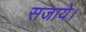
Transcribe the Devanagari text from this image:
सजाये।